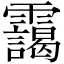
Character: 靄